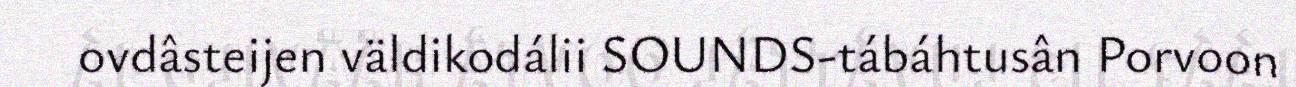
ovdâsteijen väldikodálii SOUNDS-tábáhtusân Porvoon